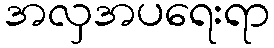
အလှအပရေးရာ